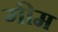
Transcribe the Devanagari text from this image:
गीम